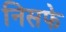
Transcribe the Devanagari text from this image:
निसफे